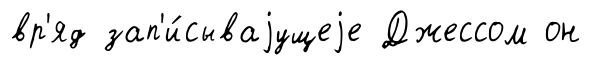
вр'яд зап'и́сываjущеjе Джессом он